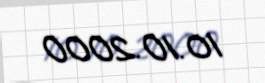
10.10.2000